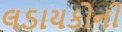
લડાયકોની